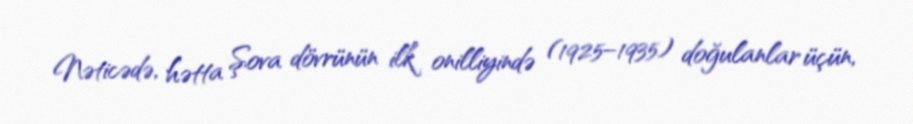
Nəticədə, hətta Şova dövrünün ilk onilliyində (1925–1935) doğulanlar üçün,